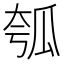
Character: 瓠